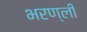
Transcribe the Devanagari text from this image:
भरण्ली